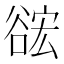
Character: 𮙎